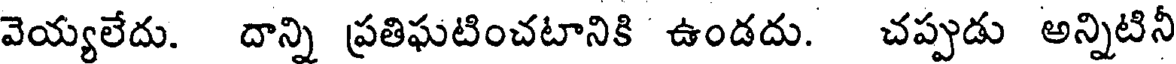
వెయ్యలేదు. దాన్ని ప్రతిఘటించటానికి ఉండదు. చప్పుడు అన్నిటినీ